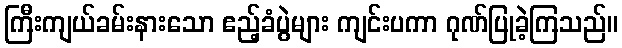
ကြီးကျယ်ခမ်းနားသော ဧည့်ခံပွဲများ ကျင်းပကာ ဂုဏ်ပြုခဲ့ကြသည်။